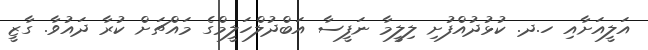
އަލީއަށާއި ހ.ދ. ކުޅުދުއްފުށި ލިލީމާ ނަފީސާ އަބްދުލްހަލީމްގެ މައްޗަށް ކުރާ ދައުވާ. ގާޒީ